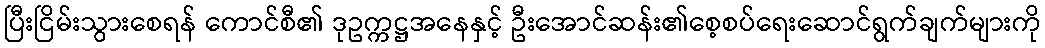
ပြီးငြိမ်းသွားစေရန် ကောင်စီ၏ ဒုဥက္ကဋ္ဌအနေနှင့် ဦးအောင်ဆန်း၏စေ့စပ်ရေးဆောင်ရွက်ချက်များကို